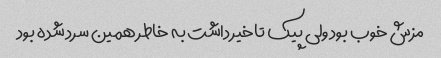
مزش خوب بود ولی پیک تاخیر داشت به خاطر همین سرد شده بود